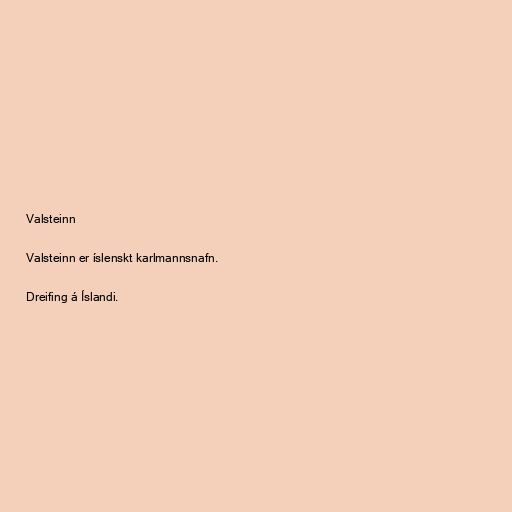
Valsteinn

Valsteinn er íslenskt karlmannsnafn.

Dreifing á Íslandi.